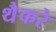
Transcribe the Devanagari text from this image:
थैैकरे